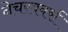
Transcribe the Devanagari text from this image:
नेचरवर्क्स